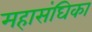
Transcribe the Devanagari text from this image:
महासंघिका